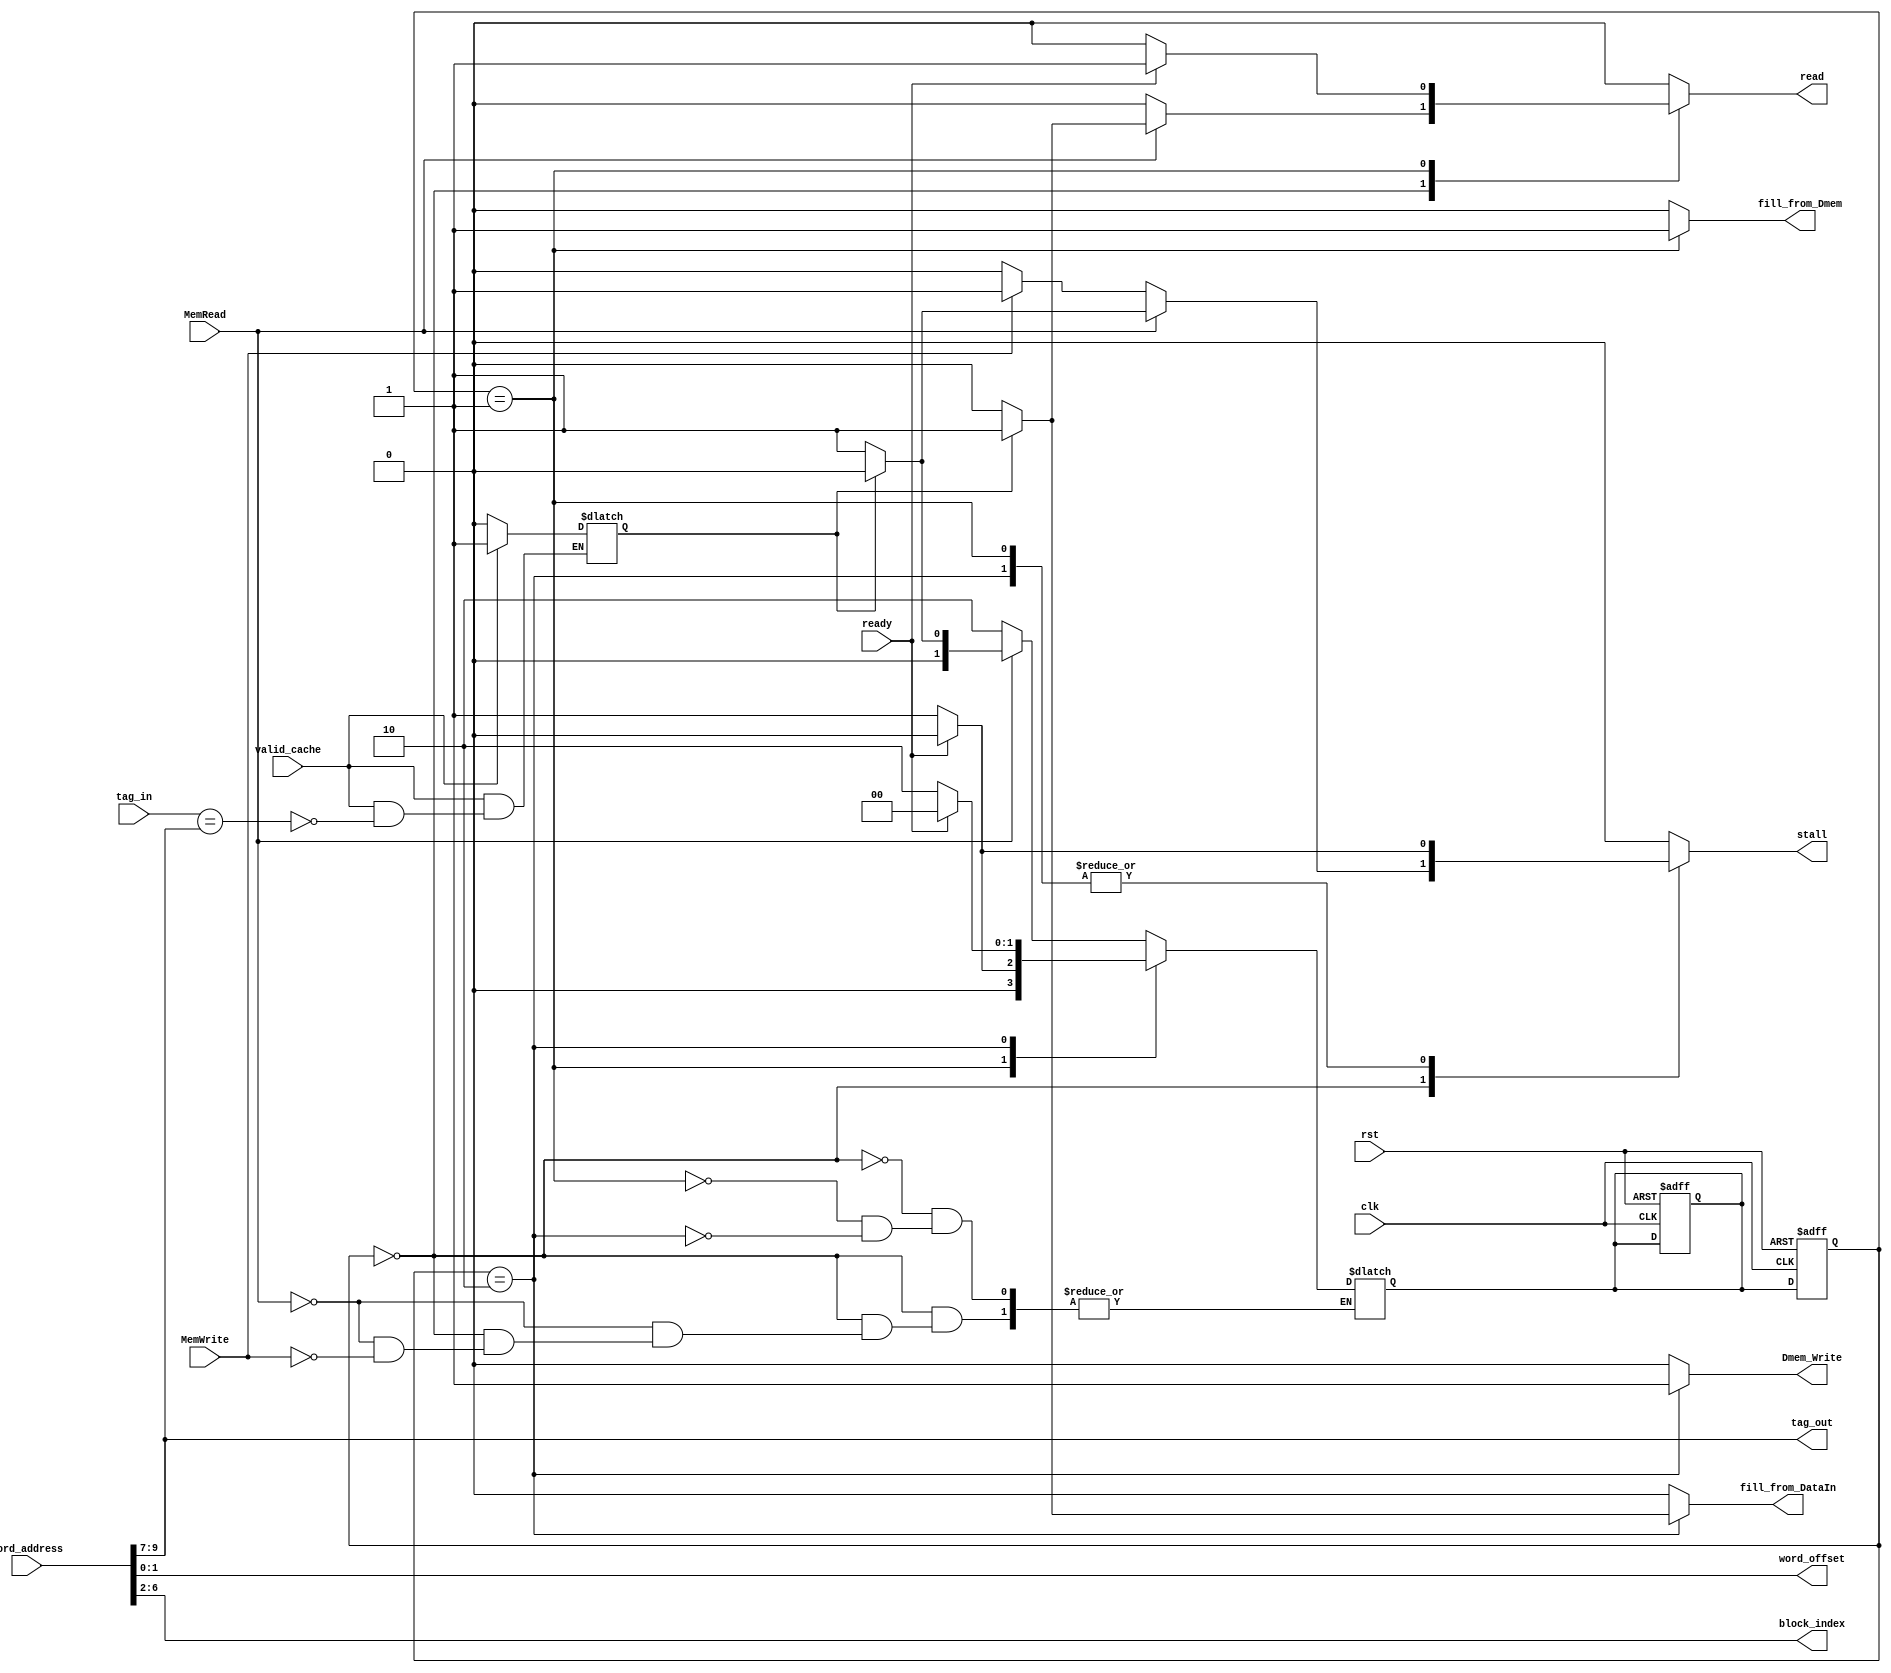
module cache_controller(
  input    wire               clk,rst,MemRead,MemWrite,ready,valid_cache,
  input    wire    [9:0]      word_address,
  input    wire    [2:0]      tag_in,
  output   reg                stall,fill_from_Dmem,fill_from_DataIn,Dmem_Write,
  output   wire    [1:0]      word_offset,
  output   wire    [4:0]      block_index,
  output   reg                read,
  output   wire    [2:0]      tag_out
);

reg  [1:0]  current_state,next_state;
reg         hit;

assign  block_index = word_address[6:2];
assign  word_offset = word_address[1:0];
assign  tag_out = word_address[9:7];

localparam  idle     =  2'b00,
            reading  =  2'b01,
			writing  =  2'b10;

always@(negedge clk or negedge rst)
  begin
    if(!rst)
	  begin
	    current_state <= idle; next_state = idle;
	  end
	else
	  begin
	    current_state <= next_state;
	  end
  end
/*
reg MemReadReg;

always@(posedge clk)
  begin
    MemReadReg <= MemRead;
  end
*/

// Next_State Logic
always@(*) 
  begin
    case(current_state)
	  idle: begin
	    if(MemRead) begin
		  if(hit) begin
		    next_state = idle;
		  end
		  else begin
		    next_state = reading;
		  end
		end
		else if(MemWrite) begin
		  next_state = writing;
		end
		else 
		  next_state = next_state;
	  end
    
      reading: begin
	    if(ready) begin
		  next_state = idle;
		end
		else begin
		  next_state = reading;
		end
      end
      
      writing: begin
	    if(ready) begin
          next_state = idle;
        end
        else begin
          next_state = writing;
        end		
      end	  
    endcase
  end
  
// Output Logic
always@(*)
  begin
    read = 1'b0; stall = 1'b0; fill_from_Dmem = 1'b0; fill_from_DataIn = 1'b0; Dmem_Write = 1'b0;
    case(current_state)
	  idle: begin
	    if(MemRead) begin // May need to insert an else .. 
		  if(hit) begin
		    read = 1'b1; stall = 1'b0; 
		  end
		  else begin
		    read = 1'b0; stall = 1'b1;  // We may need to set stall to 0 here // To be confirmed  
		  end
	    end
		else if(MemWrite) begin
		  stall = 1'b1;
		end
      end
	  
	  reading: begin
	    if(ready) begin
		  read = 1'b1; stall = 1'b0; fill_from_Dmem = 1'b1; 
		end
		else begin
		  read = 1'b0; stall = 1'b1; fill_from_Dmem = 1'b1;
		end	  
	  end
	  
	  writing: begin
	    if(hit) begin
		  fill_from_DataIn = 1'b1; Dmem_Write = 1'b1;
		  if(ready) 
		    stall = 1'b0;
		  else
		    stall = 1'b1;
		end
		else begin
		  fill_from_DataIn = 1'b0; Dmem_Write = 1'b1;
		  if(ready) 
		    stall = 1'b0;
		  else
		    stall = 1'b1;
		end
	    
	  end
    endcase
  end
  
always@(*)
  begin
    if(valid_cache) begin	
	  if(tag_in == word_address[9:7])
	    hit = 1'b1;
	end
	else 
	  hit = 1'b0;  
  end
endmodule